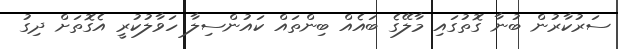
ސަރުކާރުން ބުނާ ގޮތުގައި މާލޭގެ ބައެއް ބިންތައް ކައުންސިލާ ހަވާލުކުރީ އެގޮތަށް ދިގު